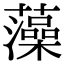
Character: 藻